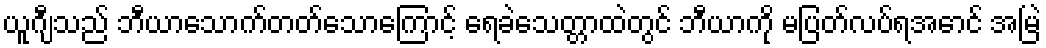
ယူဂျီသည် ဘီယာသောက်တတ်သောကြောင့် ရေခဲသေတ္တာထဲတွင် ဘီယာကို မပြတ်လပ်ရအောင် အမြဲ